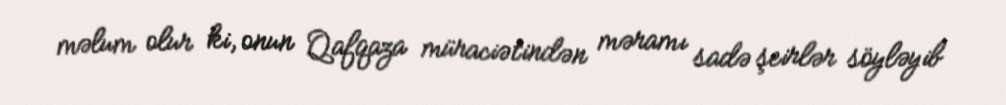
məlum olur ki, onun Qafqaza müraciətindən məramı sadə şeirlər söyləyib